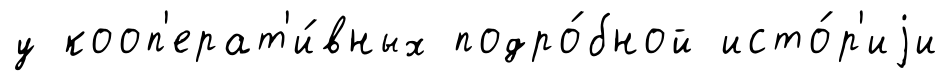
у кооп'ерат'и́вных подро́бной исто́р'иjи